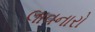
લાવનારો